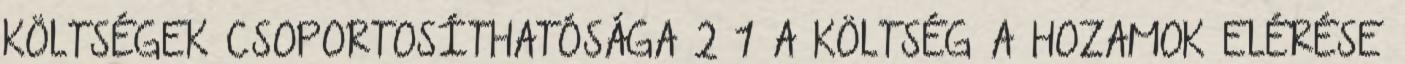
KÖLTSÉGEK CSOPORTOSÍTHATÓSÁGA 2 1 A KÖLTSÉG A HOZAMOK ELÉRÉSE